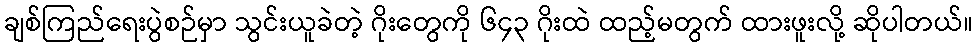
ချစ်ကြည်ရေးပွဲစဉ်မှာ သွင်းယူခဲတဲ့ ဂိုးတွေကို ၆၄၃ ဂိုးထဲ ထည့်မတွက် ထားဖူးလို့ ဆိုပါတယ်။